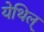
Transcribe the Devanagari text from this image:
येथिल्